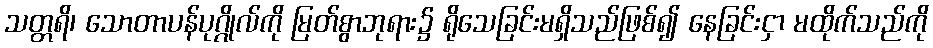
သတ္တရိ၊ သောတာပန်ပုဂ္ဂိုလ်ကို မြတ်စွာဘုရား၌ ရိုသေခြင်းမရှိသည်ဖြစ်၍ နေခြင်းငှာ မထိုက်သည်ကို